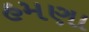
હમણા